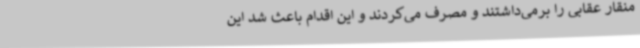
منقار عقابی را برمی‌داشتند و مصرف می‌کردند و این اقدام باعث شد این